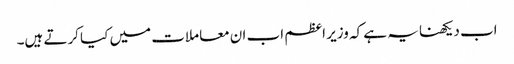
اب دیکھنا یہ ہے کہ وزیر اعظم اب ان معاملات میں کیا کرتے ہیں۔